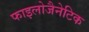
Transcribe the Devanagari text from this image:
फाइलोजैनेटिक